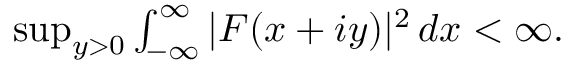
\begin{array} { r } { \operatorname* { s u p } _ { y > 0 } \int _ { - \infty } ^ { \infty } | F ( x + i y ) | ^ { 2 } \, d x < \infty . } \end{array}